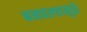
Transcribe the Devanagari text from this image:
बनवल्यामुळे